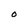
Character: 0